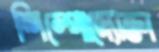
শিল্পোদ্যোক্তা